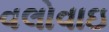
વલોવાઇ